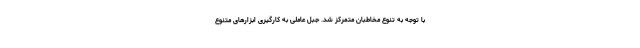
با توجه به تنوع مخاطبان متمرکز شد. جبل عاملی به کارگیری ابزارهای متنوع